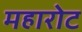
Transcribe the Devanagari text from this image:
महारोट